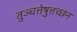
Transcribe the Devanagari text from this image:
तुञ्चत्तेष़ुत्तच्छन